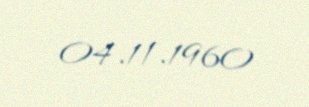
04.11.1960